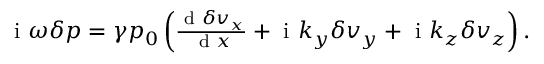
\begin{array} { r } { \mathrm { ~ i ~ } \omega \delta p = \gamma p _ { 0 } \left( \frac { \textrm { d } \delta v _ { x } } { \textrm { d } x } + \mathrm { ~ i ~ } k _ { y } \delta v _ { y } + \mathrm { ~ i ~ } k _ { z } \delta v _ { z } \right) . } \end{array}